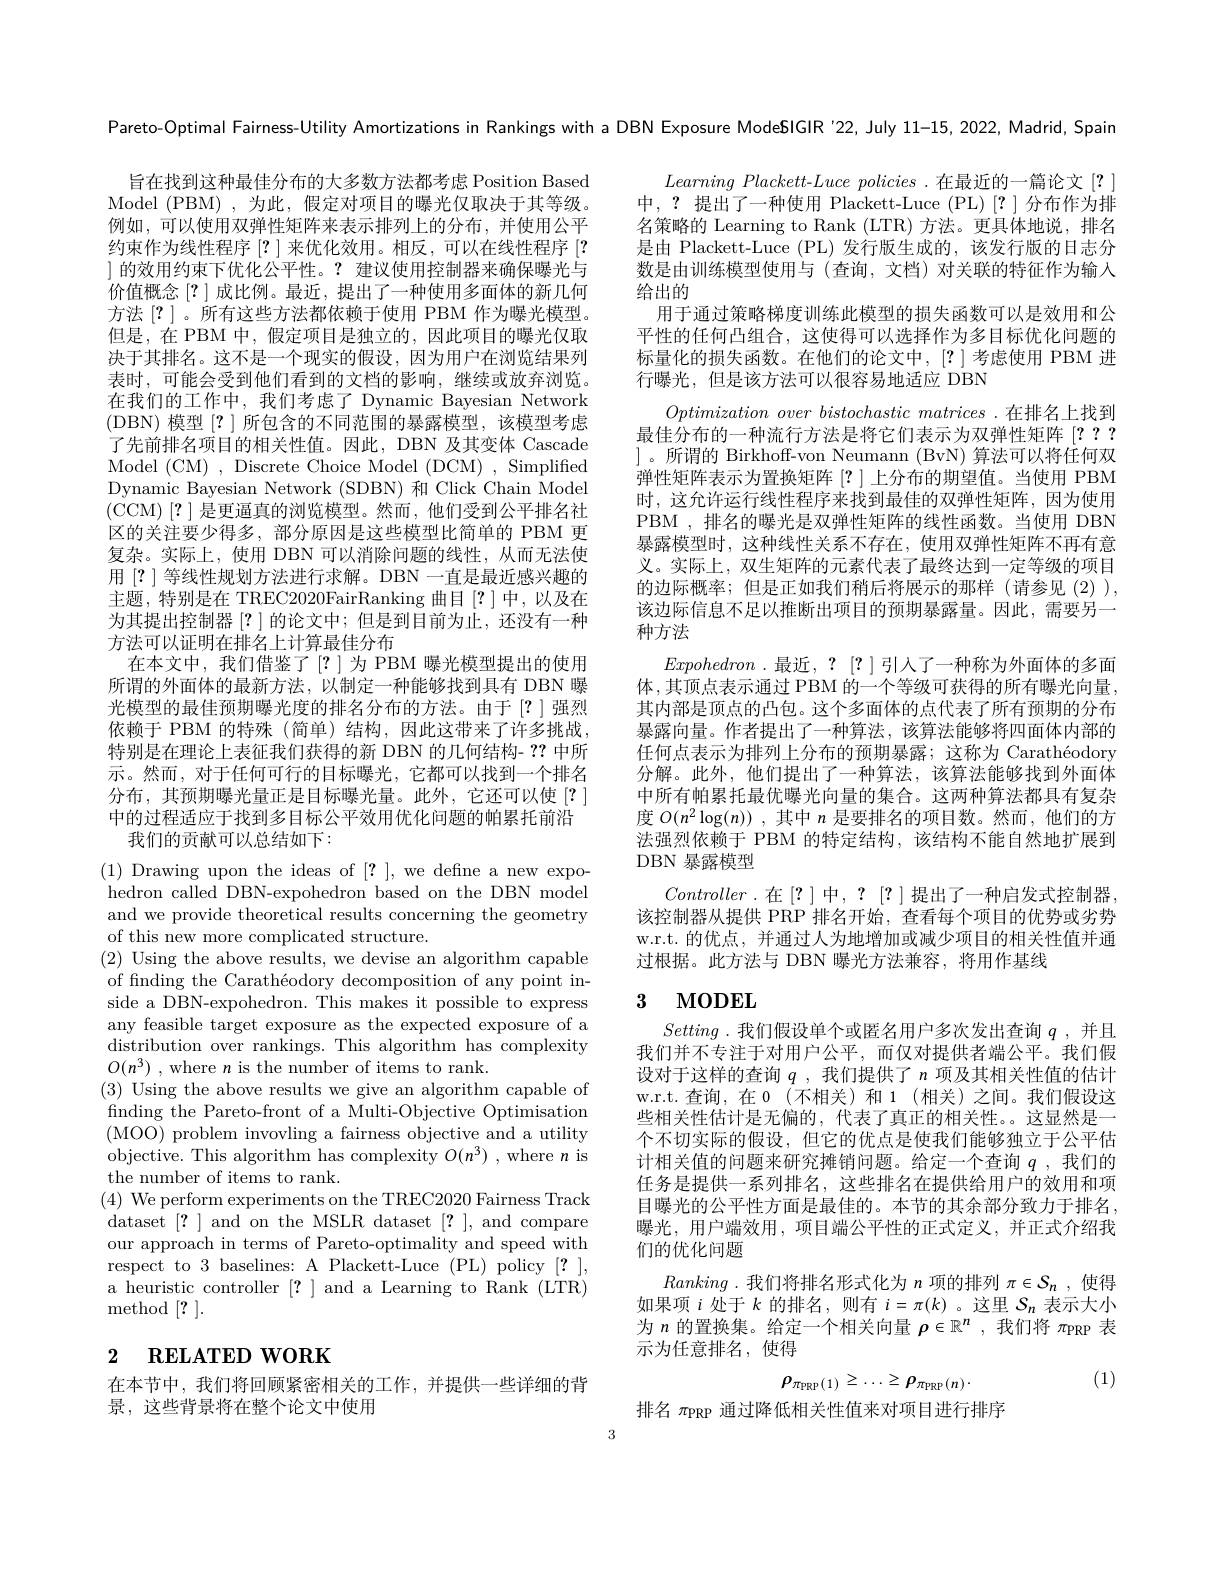
旨在找到这种最佳分布的大多数方法都考虑 Position Based Model (PBM),为此，假定对项目的曝光仅取决于其等级。例如，可以使用双弹性矩阵来表示排列上的分布，并使用公平约束作为线性程序[?]来优化效用。相反，可以在线性程序[? ]的效用约束下优化公平性。?建议使用控制器来确保曝光与价值概念[?]成比例。最近，提出了一种使用多面体的新几何方法[?] 。所有这些方法都依赖于使用 PBM 作为曝光模型。但是，在 PBM 中，假定项目是独立的，因此项目的曝光仅取决于其排名。这不是一个现实的假设，因为用户在浏览结果列表时，可能会受到他们看到的文档的影响，继续或放弃浏览。在我们的工作中，我们考虑了 Dynamic Bayesian Network (DBN) 模型[?]所包含的不同范围的暴露模型，该模型考虑了先前排名项目的相关性值。因此，DBN 及其变体 Cascade Model (CM) , Discrete Choice Model (DCM) , Simplified Dynamic Bayesian Network (SDBN) 和 Click Chain Model (CCM)[?]是更逼真的浏览模型。然而，他们受到公平排名社区的关注要少得多，部分原因是这些模型比简单的 PBM 更复杂。实际上，使用 DBN 可以消除问题的线性，从而无法使用[?]等线性规划方法进行求解。DBN 一直是最近感兴趣的主题，特别是在 TREC2020FairRanking 曲目[?]中，以及在为其提出控制器[?]的论文中；但是到目前为止，还没有一种方法可以证明在排名上计算最佳分布
在本文中，我们借鉴了[?]为 PBM 曝光模型提出的使用所谓的外面体的最新方法，以制定一种能够找到具有 DBN 曝光模型的最佳预期曝光度的排名分布的方法。由于[?]强烈依赖于 PBM 的特殊(简单)结构，因此这带来了许多挑战， 特别是在理论上表征我们获得的新 DBN 的几何结构- ??中所示。然而，对于任何可行的目标曝光，它都可以找到一个排名分布，其预期曝光量正是目标曝光量。此外，它还可以使[?] 中的过程适应于找到多目标公平效用优化问题的帕累托前沿
我们的贡献可以总结如下：

(1) Drawing upon the ideas of [?], we define a new expohedron called DBN-expohedron based on the DBN model and we provide theoretical results concerning the geometry of this new more complicated structure.
(2) Using the above results, we devise an algorithm capable of finding the Carathéodory decomposition of any point inside a DBN-expohedron. This makes it possible to express any feasible target exposure as the expected exposure of a distribution over rankings. This algorithm has complexity $O(n^3)$ , where $n$ is the number of items to rank.
(3) Using the above results we give an algorithm capable of finding the Pareto-front of a Multi-Objective Optimisation (MOO) problem invovling a fairness objective and a utility objective. This algorithm has complexity $O(n^3)$ ,where $n$ is the number of items to rank.
(4) We perform experiments on the TREC2020 Fairness Track dataset [?] and on the MSLR dataset [?], and compare our approach in terms of Pareto-optimality and speed with respect to 3 baselines: A Plackett-Luce (PL) policy [?], a heuristic controller [?] and a Learning to Rank (LTR) method [?].

# 2 $\textbf{RELATED WORK}$

在本节中，我们将回顾紧密相关的工作，并提供一些详细的背
景，这些背景将在整个论文中使用

Pareto-Optimal Fairness-Utility Amortizations in Rankings with a DBN Exposure ModeSIGIR $^{\prime22,\text{July }11-15,2022,\text{Madrid,Spain}}$
$Learning~Plackett-Luce~policies~.在最近的一篇论文~[?]$ 中，?提出了一种使用 Plackett-Luce (PL)[?]分布作为排名策略的 Learning to Rank (LTR) 方法。更具体地说，排名是由 Plackett-Luce (PL) 发行版生成的，该发行版的日志分数是由训练模型使用与(查询，文档)对关联的特征作为输入给出的
用于通过策略梯度训练此模型的损失函数可以是效用和公平性的任何凸组合，这使得可以选择作为多目标优化问题的标量化的损失函数。在他们的论文中，[?]考虑使用 PBM 进行曝光，但是该方法可以很容易地适应 DBN
$Optimization\textit{ over bistochastic matrices . 在 排 名 上 找 到 }$ 最佳分布的一种流行方法是将它们表示为双弹性矩阵[??? ]。所谓的 Birkhoff-von Neumann (BvN) 算法可以将任何双弹性矩阵表示为置换矩阵[?]上分布的期望值。当使用 PBM 时，这允许运行线性程序来找到最佳的双弹性矩阵，因为使用PBM ,排名的曝光是双弹性矩阵的线性函数。当使用 DBN 暴露模型时，这种线性关系不存在，使用双弹性矩阵不再有意义。实际上，双生矩阵的元素代表了最终达到一定等级的项目的边际概率；但是正如我们稍后将展示的那样(请参见(2)), 该边际信息不足以推断出项目的预期暴露量。因此，需要另一种方法
Expohedron .最近，?[?]引入了一种称为外面体的多面体 ,其顶点表示通过 PBM 的一个等级可获得的所有曝光向量， 其内部是顶点的凸包。这个多面体的点代表了所有预期的分布暴露向量。作者提出了一种算法，该算法能够将四面体内部的任何点表示为排列上分布的预期暴露；这称为 Carathéodory 分解。此外，他们提出了一种算法，该算法能够找到外面体中所有帕累托最优曝光向量的集合。这两种算法都具有复杂度$O(n^2\log(n))$ ,其中$n$是要排名的项目数。然而，他们的方法强烈依赖于 PBM 的特定结构，该结构不能自然地扩展到DBN 暴露模型
Controller.在[?]中，?[?]提出了一种启发式控制器， 该控制器从提供 PRP 排名开始，查看每个项目的优势或劣势w.r.t. 的优点，并通过人为地增加或减少项目的相关性值并通过根据。此方法与 DBN 曝光方法兼容，将用作基线

## 3 MODEL

Setting .我们假设单个或匿名用户多次发出查询$q$ ,并且我们并不专注于对用户公平，而仅对提供者端公平。我们假设对于这样的查询$q$ ,我们提供了$n$项及其相关性值的估计w.r.t.查询，在0(不相关)和 1(相关)之间。我们假设这些相关性估计是无偏的，代表了真正的相关性。这显然是一个不切实际的假设，但它的优点是使我们能够独立于公平估计相关值的问题来研究摊销问题。给定一个查询$q$ ,我们的任务是提供一系列排名，这些排名在提供给用户的效用和项目曝光的公平性方面是最佳的。本节的其余部分致力于排名曝光，用户端效用，项目端公平性的正式定义，并正式介绍我们的优化问题
Ranking .我们将排名形式化为$n$项的排列$\pi\in\mathcal{S}_n$ ,使得如果项$i$处于$k$的排名，则有$i=\pi(k)$ 。这里$S_n$表示大小为$n$的置换集。给定一个相关向量$\rho\in\mathbb{R}^n$,我们将$\pi_\mathrm{PRP}$表示为任意排名，使得
$$\rho_{\pi_{\mathrm{PRP}}(1)}\geq\ldots\geq\rho_{\pi_{\mathrm{PRP}}(n)}.$$
(1)

排名$\pi_\mathrm{PRP}$通过降低相关性值来对项目进行排序